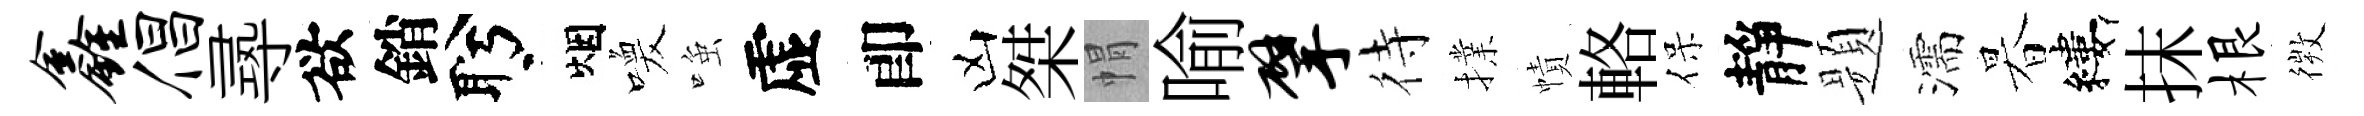
鑫倡𡬶欲銷盻烟喚𫪻虚卽凶桀㡌喻擘待擈幘輅保靜题濡暮縷抹根𢕄